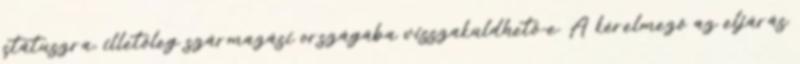
státuszra, illetőleg származási országába visszaküldhető-e. A kérelmező az eljárás